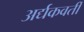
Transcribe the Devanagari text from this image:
अर्द्यकवर्ती